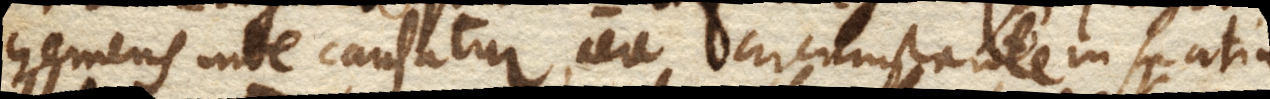
hemens inde causatur, aere circumstante in spatium